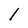
Character: l